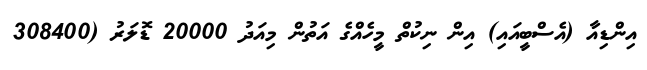
އިންޑިއާ (އެސްބީއައި) އިން ނިކުތް މީހެއްގެ އަތުން މިއަދު 20000 ޑޮލަރު (308400